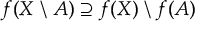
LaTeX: f ( X \setminus A ) \supseteq f ( X ) \setminus f ( A )